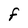
Character: F